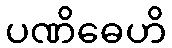
ပဏိဓေဟိ